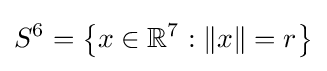
S^{6}=\left\{x\in \mathbb {R} ^{7}:\|x\|=r\right\}